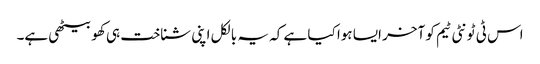
اس ٹی ٹونٹی ٹیم کو آخر ایسا ہوا کیا ہے کہ یہ بالکل اپنی شناخت ہی کھو بیٹھی ہے۔